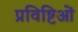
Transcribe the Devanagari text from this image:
प्रविष्टिओं